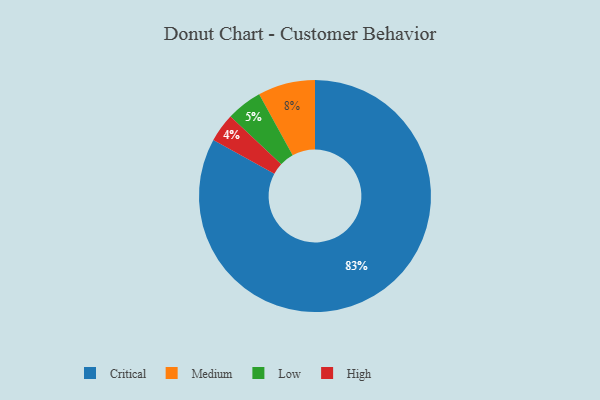
{"axis": {"x": "Category", "y": "Percentage"}, "legend": ["Critical", "High", "Low", "Medium"], "data": [{"x": "Low", "y": 5, "type": "Low"}, {"x": "Medium", "y": 8, "type": "Medium"}, {"x": "High", "y": 4, "type": "High"}, {"x": "Critical", "y": 83, "type": "Critical"}]}